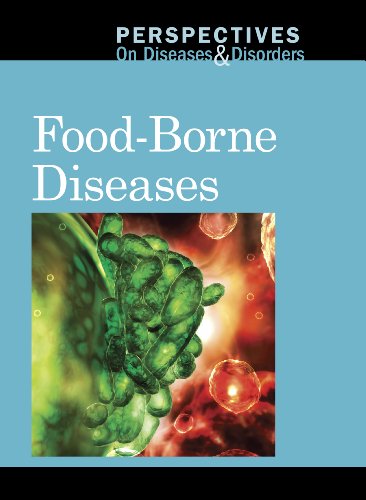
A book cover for Food-borne Diseases (Perspectives on Diseases and Disorders); Arthur Gillard; Teen & Young Adult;